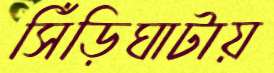
সিঁড়িঘাটায়